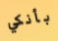
بأنكي